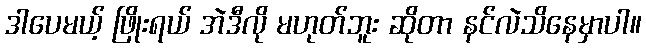
ဒါပေမယ့် ဖြိုးရယ် အဲဒီလို မဟုတ်ဘူး ဆိုတာ နင်လဲသိနေမှာပါ။